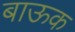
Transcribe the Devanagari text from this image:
बाऊक